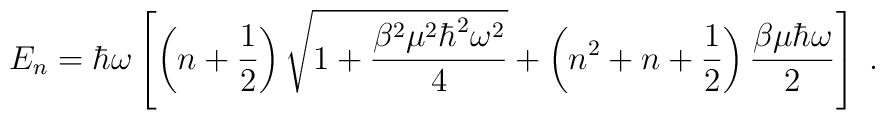
E_n = \hbar\omega\left[ \left( n + \frac{1}{2} \right)       \sqrt{ 1 + \frac{\beta^2\mu^2\hbar^2\omega^2}{4} }     + \left( n^2 + n + \frac{1}{2} \right)       \frac{\beta\mu\hbar\omega}{2}\right]\;.